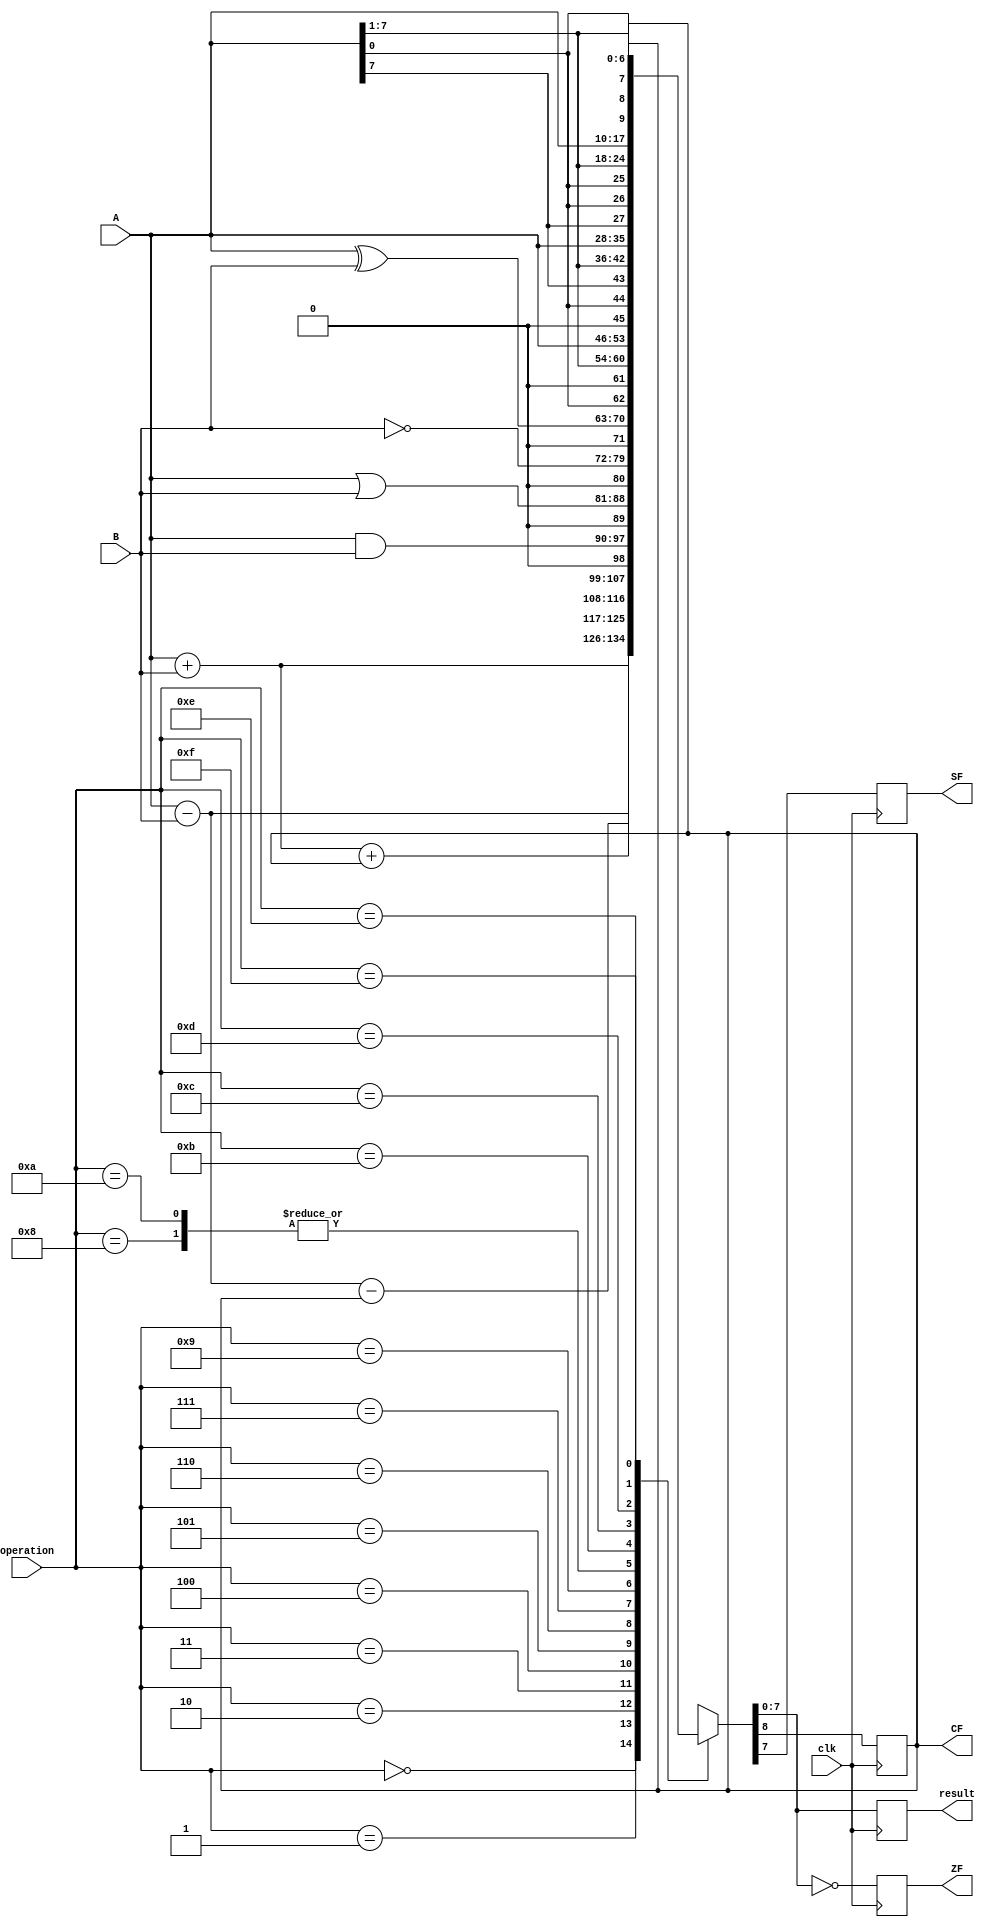
module alu(
	input clk,
	input [7:0] A,
	input [7:0] B,
	input [3:0] operation,
	output reg [7:0] result,
	output reg CF,
	output reg ZF,
	output reg SF
);

	localparam ALU_OP_ADD /* verilator public_flat */ = 4'b0000;
	localparam ALU_OP_SUB /* verilator public_flat */ = 4'b0001;
	localparam ALU_OP_ADC /* verilator public_flat */ = 4'b0010;
	localparam ALU_OP_SBC /* verilator public_flat */ = 4'b0011;

	localparam ALU_OP_AND /* verilator public_flat */ = 4'b0100;
	localparam ALU_OP_OR  /* verilator public_flat */ = 4'b0101;
	localparam ALU_OP_NOT /* verilator public_flat */ = 4'b0110;
	localparam ALU_OP_XOR /* verilator public_flat */ = 4'b0111;

	localparam ALU_OP_SHL /* verilator public_flat */ = 4'b1000;
	localparam ALU_OP_SHR /* verilator public_flat */ = 4'b1001;
	localparam ALU_OP_SAL /* verilator public_flat */ = 4'b1010;
	localparam ALU_OP_SAR /* verilator public_flat */ = 4'b1011;

	localparam ALU_OP_ROL /* verilator public_flat */ = 4'b1100;
	localparam ALU_OP_ROR /* verilator public_flat */ = 4'b1101;
	localparam ALU_OP_RCL /* verilator public_flat */ = 4'b1110;
	localparam ALU_OP_RCR /* verilator public_flat */ = 4'b1111;

	reg [8:0] tmp;

	always @(posedge clk)
	begin
		case (operation)
			ALU_OP_ADD :
				tmp = A + B;
			ALU_OP_SUB :
				tmp = A - B;
			ALU_OP_ADC :
				tmp = A + B + { 7'b0000000, CF };
			ALU_OP_SBC :
				tmp = A - B - { 7'b0000000, CF };
			ALU_OP_AND :
				tmp = {1'b0, A & B };
			ALU_OP_OR :
				tmp = {1'b0, A | B };
			ALU_OP_NOT :
				tmp = {1'b0, ~B };
			ALU_OP_XOR :
				tmp = {1'b0, A ^ B};
			ALU_OP_SHL :
				tmp = { A[7], A[6:0], 1'b0};
			ALU_OP_SHR :
				tmp = { A[0], 1'b0, A[7:1]};
			ALU_OP_SAL :
				// Same as SHL
				tmp = { A[7], A[6:0], 1'b0};
			ALU_OP_SAR :
				tmp = { A[0], A[7], A[7:1]};
			ALU_OP_ROL :
				tmp = { A[7], A[6:0], A[7]};
			ALU_OP_ROR :
				tmp = { A[0], A[0], A[7:1]};
			ALU_OP_RCL :
				tmp = { A[7], A[6:0], CF};
			ALU_OP_RCR :
				tmp = { A[0], CF, A[7:1]};
		endcase

		CF <= tmp[8];
		ZF <= tmp[7:0] == 0;
		SF <= tmp[7];

		result <= tmp[7:0];
	end
endmodule